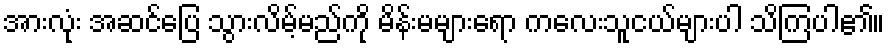
အားလုံး အဆင်ပြေ သွားလိမ့်မည်ကို မိန်းမများရော ကလေးသူငယ်များပါ သိကြပါ၏။